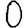
Digit: 0